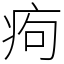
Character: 痀